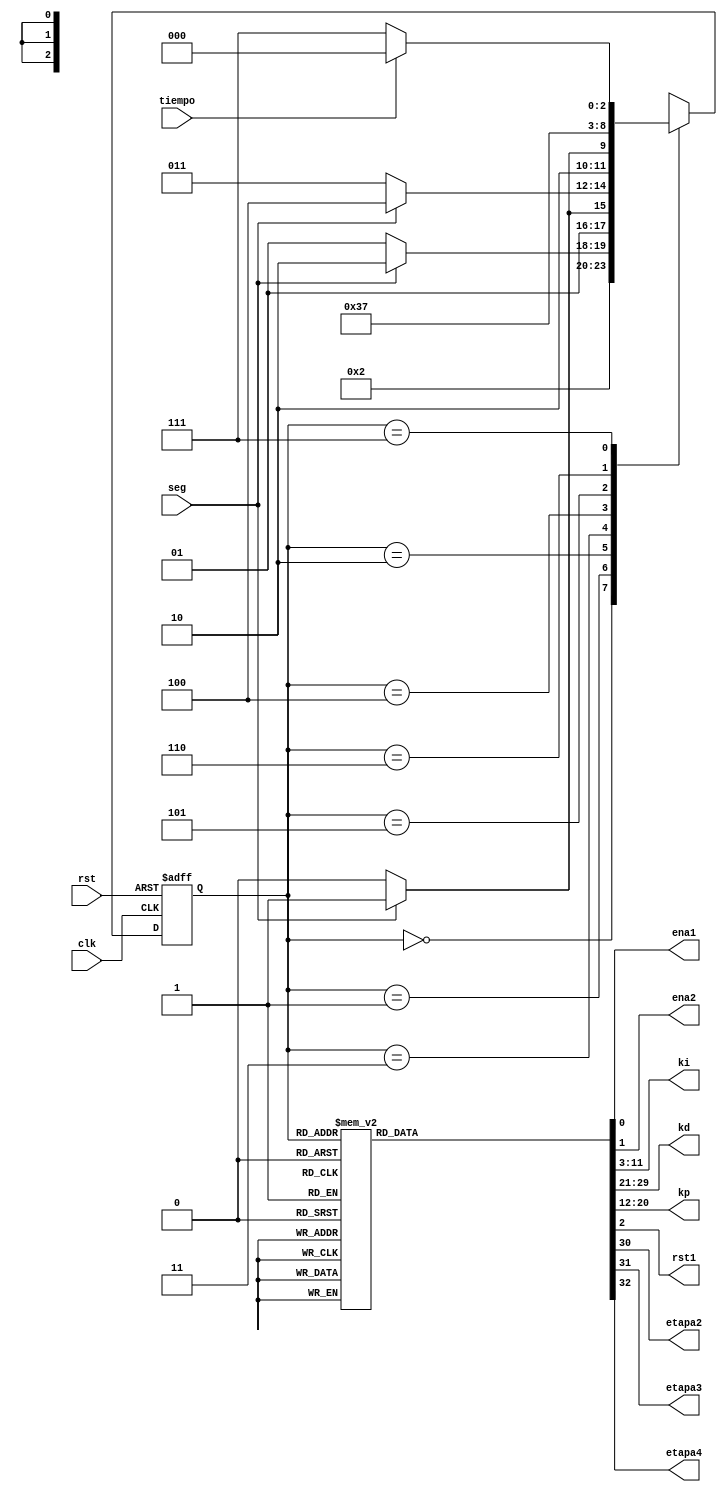
`timescale 1ns / 1ps

module controldelPID(clk,rst,tiempo,seg,ena1,ena2,ki,kd,kp,rst1,etapa2,etapa3,etapa4);
input clk,tiempo,rst,seg;
output reg ena1,ena2,rst1,etapa2,etapa3,etapa4;
output reg [8:0] ki,kp,kd;
reg [2:0] pres,futu;
// se utilizan parametros par  llamar los estados
	parameter 
	t0=3'b000,
	t1=3'b001,
	t2=3'b010,
	t3=3'b011,
	t4=3'b100,
	t5=3'b101,
	t6=3'b110,
	t7=3'b111;
// se toma en cuenta el caso de rst
always @(posedge clk or posedge rst)
	if (rst)
		pres=0;
	else
		pres=futu;
// se toma en cuenta ya sea que haya un cambio en el estado o haya cambiado una variable	
always @(pres or tiempo or seg)
	case(pres)
	t0: futu=t1;
	t1: if(seg)
			futu=t2;
		 else
			futu=t1;
	t2: if(seg)
			futu=t3;
		 else
			futu=t2;
	t3: if(seg)
			futu=t4;
		 else
			futu=t3;
	t4: if(seg)
			futu=t5;
		 else
			futu=t4;
	t5:futu=t6;
	t6: futu=t7;
	t7: if(tiempo)
			futu=t0;
		 else
			futu=t7;
	
	endcase
// se asignan las salidas respectivas a cada uno de los estados
always @(pres)
	case(pres)
		t0:begin 
			ena1=0;
			ena2=0;
			rst1=1;
			ki=9'd504;
			kp=9'd493;
			kd=9'd436;
			etapa2=0;
			etapa3=0;
			etapa4=0;end
		t1:begin 
			ena1=1;
			ena2=0;
			rst1=0;
			ki=9'd7;
			kp=9'd18;
			kd=9'd150;
			etapa2=0;
			etapa3=0;
			etapa4=0;end
		t2:begin 
			ena1=1;
			ena2=0;
			rst1=0;
			ki=9'd7;
			kp=9'd18;
			kd=9'd150;
			etapa2=1;
			etapa3=0;
			etapa4=0;end
		t3:begin 
			ena1=1;
			ena2=0;
			rst1=0;
			ki=9'd7;
			kp=9'd18;
			kd=9'd150;
			etapa2=0;
			etapa3=1;
			etapa4=0;end
		t4:begin 
			ena1=1;
			ena2=0;
			rst1=0;
			ki=9'd7;
			kp=9'd18;
			kd=9'd150;
			etapa2=0;
			etapa3=0;
			etapa4=1;end
		t5:begin 
			ena1=1;
			ena2=0;
			rst1=0;
			ki=9'd7;
			kp=9'd18;
			kd=9'd150;
			etapa2=0;
			etapa3=0;
			etapa4=0;end
		t6:begin 
			ena1=1;
			ena2=0;
			rst1=0;
			ki=9'd7;
			kp=9'd18;
			kd=9'd150;
			etapa2=0;
			etapa3=0;
			etapa4=0;end
		t7:begin 
			ena1=1;
			ena2=1;
			rst1=0;
			ki=9'd7;
			kp=9'd18;
			kd=9'd150;
			etapa2=0;
			etapa3=0;
			etapa4=0;end
	endcase
endmodule